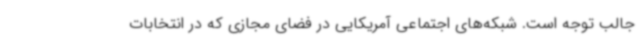
جالب‌ توجه است. شبکه‌های اجتماعی آمریکایی در فضای مجازی که در انتخابات